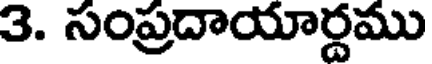
3. సంప్రదాయార్దము